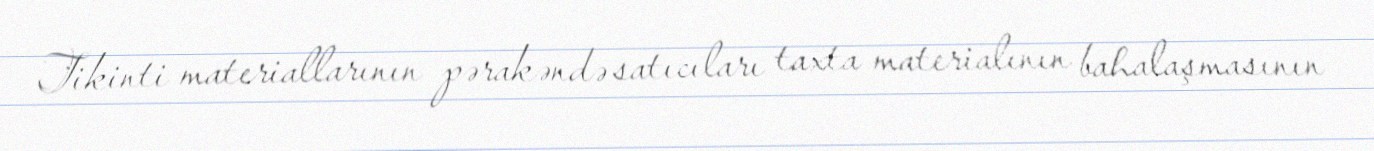
Tikinti materiallarının pərakəndə satıcıları taxta materialının bahalaşmasının